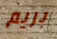
بريم